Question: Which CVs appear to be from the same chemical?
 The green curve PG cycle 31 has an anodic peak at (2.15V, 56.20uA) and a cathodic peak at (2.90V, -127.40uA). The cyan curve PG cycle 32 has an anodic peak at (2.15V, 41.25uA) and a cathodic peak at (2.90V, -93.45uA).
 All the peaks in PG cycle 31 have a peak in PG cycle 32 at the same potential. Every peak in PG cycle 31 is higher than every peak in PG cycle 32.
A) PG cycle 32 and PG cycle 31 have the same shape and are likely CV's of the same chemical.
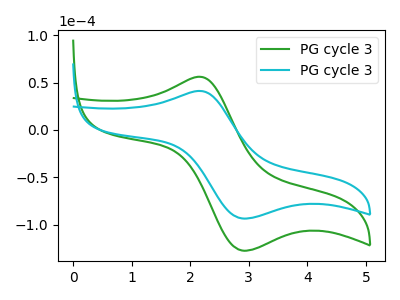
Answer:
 <answer>A) "PG cycle 32" and "PG cycle 31" have the same shape and are likely CV's of the same chemical.</answer>
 <eval>A</eval>